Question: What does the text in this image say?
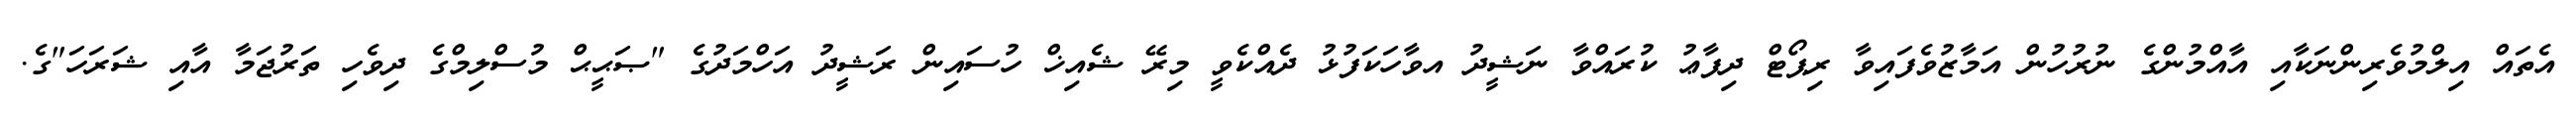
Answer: އެތައް އިލްމުވެރިންނަކާއި އާއްމުންގެ ނުރުހުން އަމާޒުވެފައިވާ ރިޕޯޓް ދިފާޢު ކުރައްވާ ނަޝީދު އވާހަކަފުޅު ދެއްކެވީ މިރޭ ޝެއިޚް ހުސައިން ރަޝީދު އަހްމަދުގެ "ޞަޙީޙް މުސްލިމްގެ ދިވެހި ތަރުޖަމާ އާއި ޝަރަހަ"ގެ.